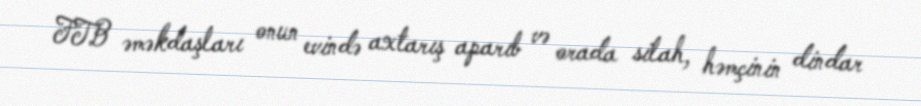
FTB əməkdaşları onun evində axtarış aparıb və orada silah, həmçinin dindar